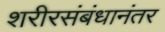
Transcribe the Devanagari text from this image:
शरीरसंबंधानंतर